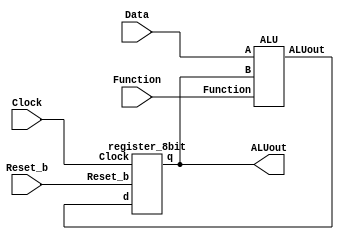
`timescale 1ns / 1ns // `timescale time_unit/time_precision

module part2(Clock, Reset_b, Data, Function, ALUout);
    input Clock, Reset_b;
    input [3:0] Data;
    input [2:0] Function;
    output [7:0] ALUout;

    wire [7:0] A2R;

    ALU A0(.A(Data), .B(ALUout), .Function(Function), .ALUout(A2R));

    register_8bit R0(.Clock(Clock), .Reset_b(Reset_b), .d(A2R), .q(ALUout));
endmodule

// Top level module
module TopG(SW, LEDR, KEY, HEX0, HEX1, HEX2, HEX3, HEX4, HEX5);
    input [9:0] SW, KEY;
    output [6:0] HEX0, HEX1, HEX2, HEX3, HEX4, HEX5;
    output [7:0] LEDR;
    wire [7:0] ALU;

    part2 u0(.Clock(~KEY[0]), .Reset_b(SW[9]), .Data(SW[3:0]), .Function(~KEY[3:1]), .ALUout(ALU));

    assign LEDR = ALU; // display ALUout on LEDs

    hex_decoder d1(.c(SW[3:0]), .display(HEX0)); // display input Data on 7 segment display

    // display ALUout on 7 segment display
    hex_decoder d2(.c(ALU[3:0]), .display(HEX4)); 
    hex_decoder d3(.c(ALU[7:4]), .display(HEX5));
    assign HEX1 = 7'b1000_000;
    assign HEX2 = 7'b1000_000;
    assign HEX3 = 7'b1000_000;
endmodule

// 8 bit register
module register_8bit(Clock, Reset_b, d, q);
    input Clock, Reset_b;
    input [7:0] d;
    output reg[7:0] q;

    always @(posedge Clock) // triggered every time clock rises
    begin
        if (Reset_b == 1'b0) // when Reset_b is 0 (tested on every rising clock edge)
            q <= 0;         // q is set to when Reset_b is not zero
        else 
            q <= d;         // value of d passes through to output q
    end
endmodule

// Arithmetic logic unit
module ALU(A, B, Function, ALUout);
    input [3:0] A;
    input [7:0] B;
    input [2:0] Function;
    output reg [7:0] ALUout;
    wire [3:0] sum, carry, connect;

    RCD_4bit a0(.a(A), .b(B[3:0]), .c_in(1'b0), .s(sum), .c_out(carry));

    always @(*)
        case (Function)
           3'b000: ALUout = {3'b000, {carry[3], sum}}; // adder from part2
           3'b001: ALUout = A + B[3:0]; // adder using the Verilog '+' operator
           3'b010: ALUout = {{4{B[3]}}, B[3:0]};  // sign extension of B to 8 bits
           3'b011: ALUout = {7'b0, |{A, B[3:0]}}; //Output 8b00000001 if at least 1 of the 8 bits in the two inputs is 1 using a single OR operation
           3'b100: ALUout = {7'b0, &{A, B[3:0]}}; // Output 8b00000001 if all of the 8 bits in the two inputs are 1 using a single AND operation
           3'b101: ALUout = B[3:0]<<A; // Left shift B by A bits using Verilog shift operator
           3'b110: ALUout = A*B[3:0]; // Verilog multiplication
           3'b111: ALUout = B; // Hold current value from register
           default: ALUout = 8'b0; // default case
        endcase
endmodule

// hexdecimal decoder from lab2
module hex_decoder(c, display);
    input [3:0] c;
    output [6:0] display;

    assign display[0] = ~((~c[0]|c[1]|c[2]|c[3])&(c[0]|c[1]|~c[2]|c[3])&(~c[0]|~c[1]|c[2]|~c[3])&(~c[0]|c[1]|~c[2]|~c[3])); // Eqn 0
    assign display[1] = ~((~c[0]|c[1]|~c[2]|c[3])&(c[0]|~c[1]|~c[2]|c[3])&(~c[0]|~c[1]|c[2]|~c[3])&(c[0]|c[1]|~c[2]|~c[3])&(c[0]|~c[1]|~c[2]|~c[3])&(~c[0]|~c[1]|~c[2]|~c[3])); // Eqn 1
    assign display[2] = ~((c[0]|~c[1]|c[2]|c[3])&(c[0]|c[1]|~c[2]|~c[3])&(c[0]|~c[1]|~c[2]|~c[3])&(~c[0]|~c[1]|~c[2]|~c[3])); // Eqn 2
    assign display[3] = ~((~c[0]|c[1]|c[2]|c[3])&(c[0]|c[1]|~c[2]|c[3])&(~c[0]|~c[1]|~c[2]|c[3])&(c[0]|~c[1]|c[2]|~c[3])&(~c[0]|~c[1]|~c[2]|~c[3])); // Eqn 3
    assign display[4] = ~((~c[0]|c[1]|c[2]|c[3])&(~c[0]|~c[1]|c[2]|c[3])&(c[1]|c[1]|~c[2]|c[3])&(~c[0]|c[1]|~c[2]|c[3])&(~c[0]|~c[1]|~c[2]|c[3])&(~c[0]|c[1]|c[2]|~c[3])); // Eqn 4
    assign display[5] = ~((~c[0]|c[1]|c[2]|c[3])&(c[0]|~c[1]|c[2]|c[3])&(~c[0]|~c[1]|c[2]|c[3])&(~c[0]|~c[1]|~c[2]|c[3])&(~c[0]|c[1]|~c[2]|~c[3])); // Enq 5
    assign display[6] = ~((c[0]|c[1]|c[2]|c[3])&(~c[0]|c[1]|c[2]|c[3])&(~c[0]|~c[1]|~c[2]|c[3])&(c[0]|c[1]|~c[2]|~c[3])); // Enq 6
endmodule   

// ripple carry adder from part2
module RCD_4bit(a, b, c_in, s, c_out);
    input [3:0] a, b;
    input c_in;
    output [3:0] s, c_out;

    full_adder f0(.a(a[0]), .b(b[0]), .c_i(c_in), .s(s[0]), .c_o(c_out[0]));   
    full_adder f1(.a(a[1]), .b(b[1]), .c_i(c_out[0]), .s(s[1]), .c_o(c_out[1]));
    full_adder f2(.a(a[2]), .b(b[2]), .c_i(c_out[1]), .s(s[2]), .c_o(c_out[2]));
    full_adder f3(.a(a[3]), .b(b[3]), .c_i(c_out[2]), .s(s[3]), .c_o(c_out[3]));
endmodule

module full_adder(a, b, c_i, s, c_o);
    input a, b, c_i;
    output c_o, s;
    //wire sel;

    //assign sel = a^b;
    //assign s = sel^c_i;

    //mux2to1 u1(.x(b), .y(c_i), .s(sel), .m(c_o));
    assign s = c_i^a^b;
    assign c_o = (a&b)|(c_i&a)|(c_i&b);
endmodule

module mux2to1(x, y, s, m);
    input x; //select 0
    input y; //select 1
    input s; //select signal
    output m; //output
  
    //assign m = s & y | ~s & x;
    // OR
    assign m = s ? y : x;
endmodule